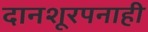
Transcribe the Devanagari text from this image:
दानशूरपनाही